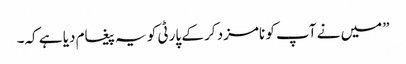
”میں نے آپ کو نامزد کر کے پارٹی کو یہ پیغام دیا ہے کہ۔